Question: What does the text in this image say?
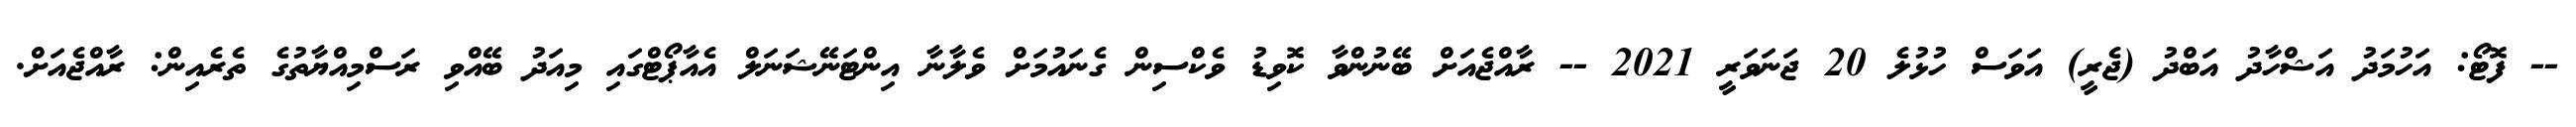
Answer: -- ފޮޓޯ: އަހުމަދު އަޝްހާދު އަބްދު (ޖެރީ) އަވަސް ހުޅުލެ 20 ޖަނަވަރީ 2021 -- ރާއްޖެއަށް ބޭނުންވާ ކޮވިޑު ވެކްސިން ގެނައުމަށް ވެލާނާ އިންޓަނޭޝަނަލް އެއާޕޯޓްގައި މިއަދު ބޭއްވި ރަސްމިއްޔާތުގެ ތެރެއިން: ރާއްޖެއަށް.